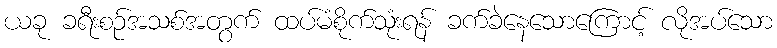
ယခု ခရီးစဉ်အသစ်အတွက် ထပ်မံစိုက်သုံးရန် ခက်ခဲနေသောကြောင့် လိုအပ်သော